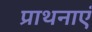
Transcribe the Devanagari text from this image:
प्राथनाएं